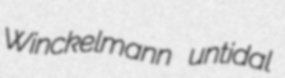
Winckelmann untidal